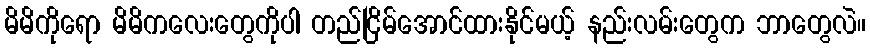
မိမိကိုရော မိမိကလေးတွေကိုပါ တည်ငြိမ်အောင်ထားနိုင်မယ့် နည်းလမ်းတွေက ဘာတွေလဲ။